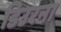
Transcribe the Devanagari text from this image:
डिउरना